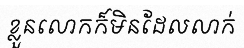
ខ្លួនលោកក៏មិនដែលលាក់